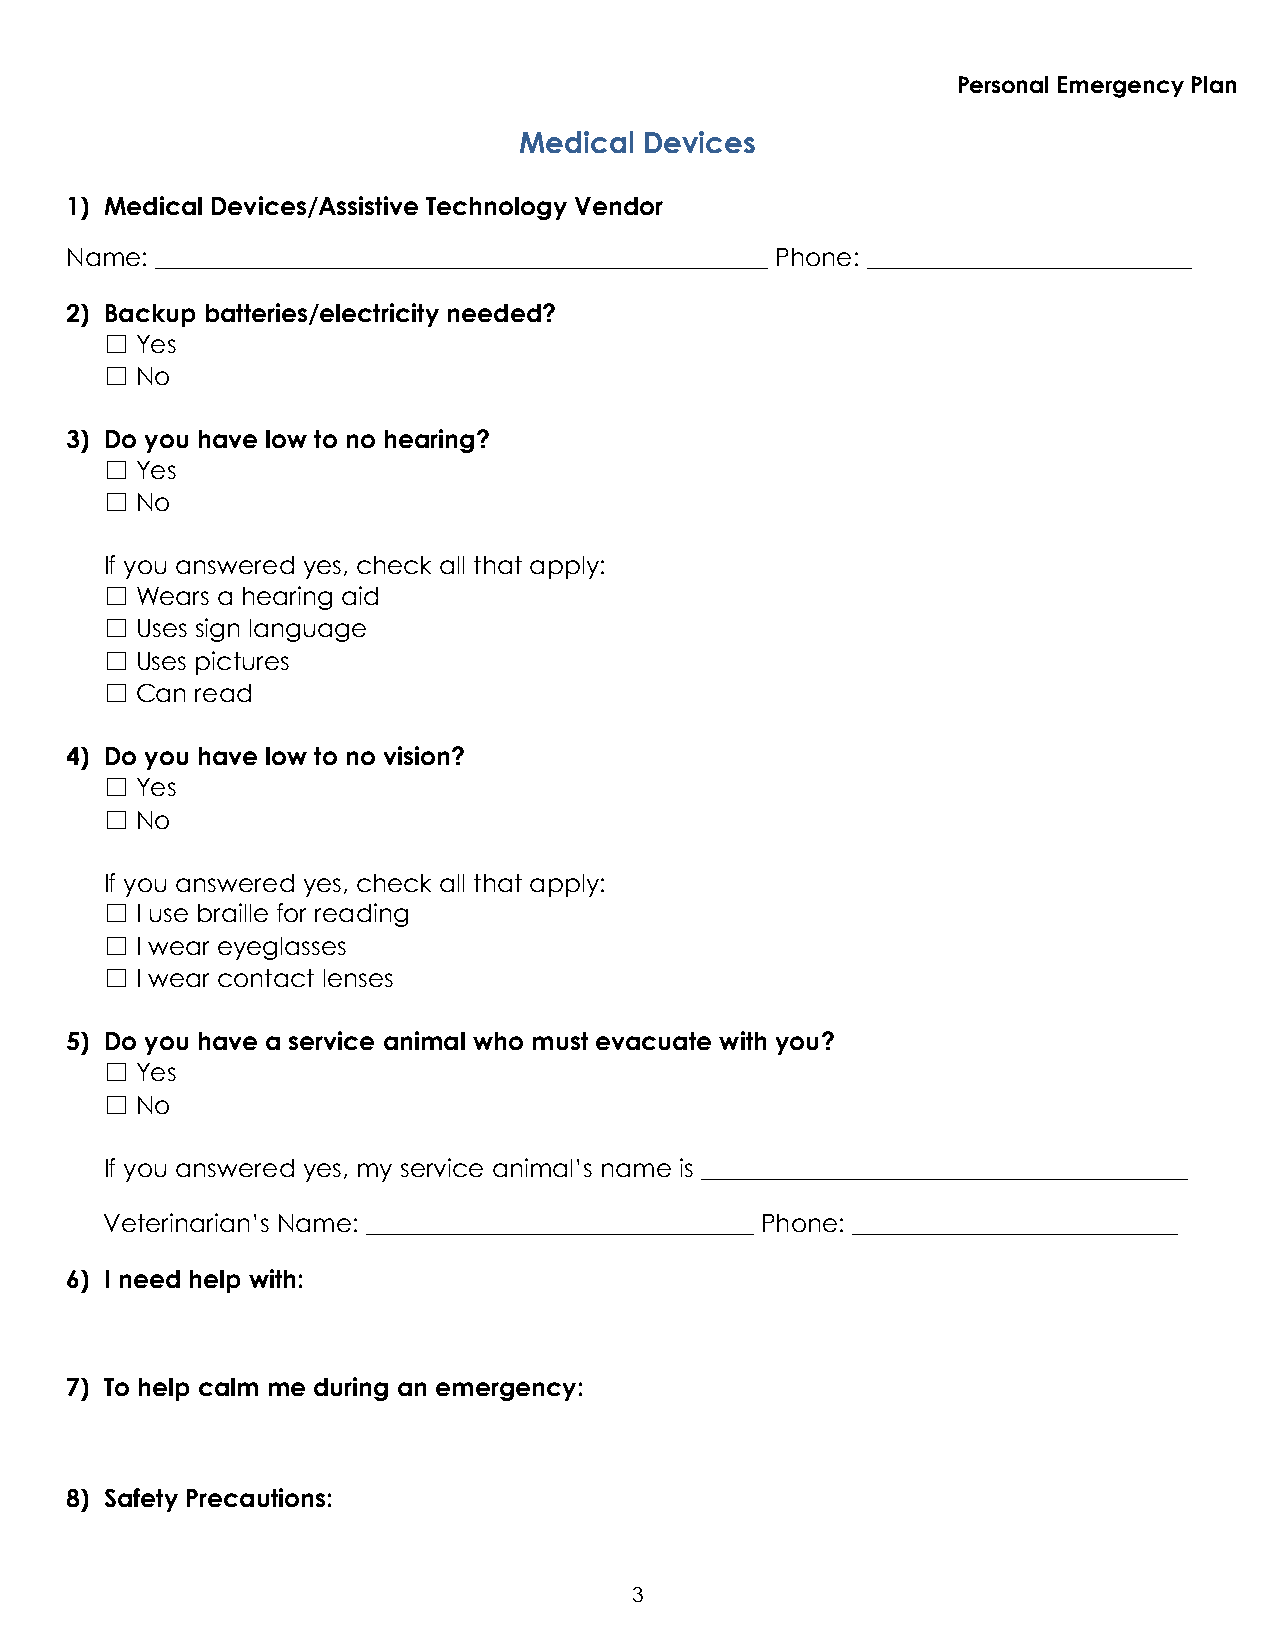
Personal Emergency Plan
 Medical  Devices
 1) Medical Devices/Assistive Technology Vendor
 Name: _________________________________________________ Phone: __________________________
 2) Backup batteries/electricity needed?
 ☐ Yes
 ☐ No
 3) Do you have low to no hearing?
 ☐ Yes
 ☐ No
 If you answered yes, check all that apply:
 ☐ Wears a hearing aid
 ☐ Uses sign language
 ☐ Uses pictures
 ☐ Can read
 4) Do you have low to no vision?
 ☐ Yes
 ☐ No
 If you answered yes, check all that apply:
 ☐ I use braille for reading
 ☐ I wear eyeglasses
 ☐ I wear contact lenses
 5) Do you have a service animal who must evacuate with you?
 ☐ Yes
 ☐ No
 If you answered yes, my service animal’s name is _______________________________________
 Veterinarian’s Name: _______________________________ Phone: __________________________
 6) I need help with:
 7) To help calm me during an emergency:
 8) Safety Precautions:
 3